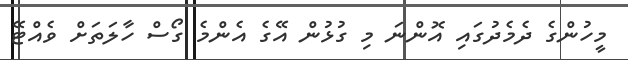
މީހުންގެ ދެމެދުގައި އޮންނަ މި ގުޅުން އޭގެ އެންމެ ގޯސް ހާލަތަށް ވެއްޓޭ